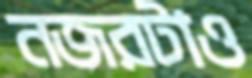
নজরটাও